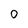
Character: 0